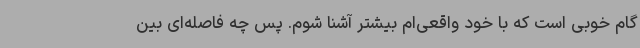
گام خوبی است که با خود واقعی‌ام بیشتر آشنا شوم. پس چه فاصله‌ای بین